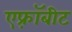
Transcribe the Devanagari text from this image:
एफ़्रॉबीट